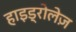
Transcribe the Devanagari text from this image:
हाइड्रोलेज़